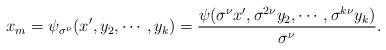
LaTeX: \begin{align*}x_{m}=\psi_{\sigma^{\nu}}(x',y_{2},\cdots,y_{k})=\frac{\psi(\sigma^{\nu} x',\sigma^{2\nu}y_{2},\cdots,\sigma^{k\nu}y_{k})}{\sigma^{\nu}}.\end{align*}